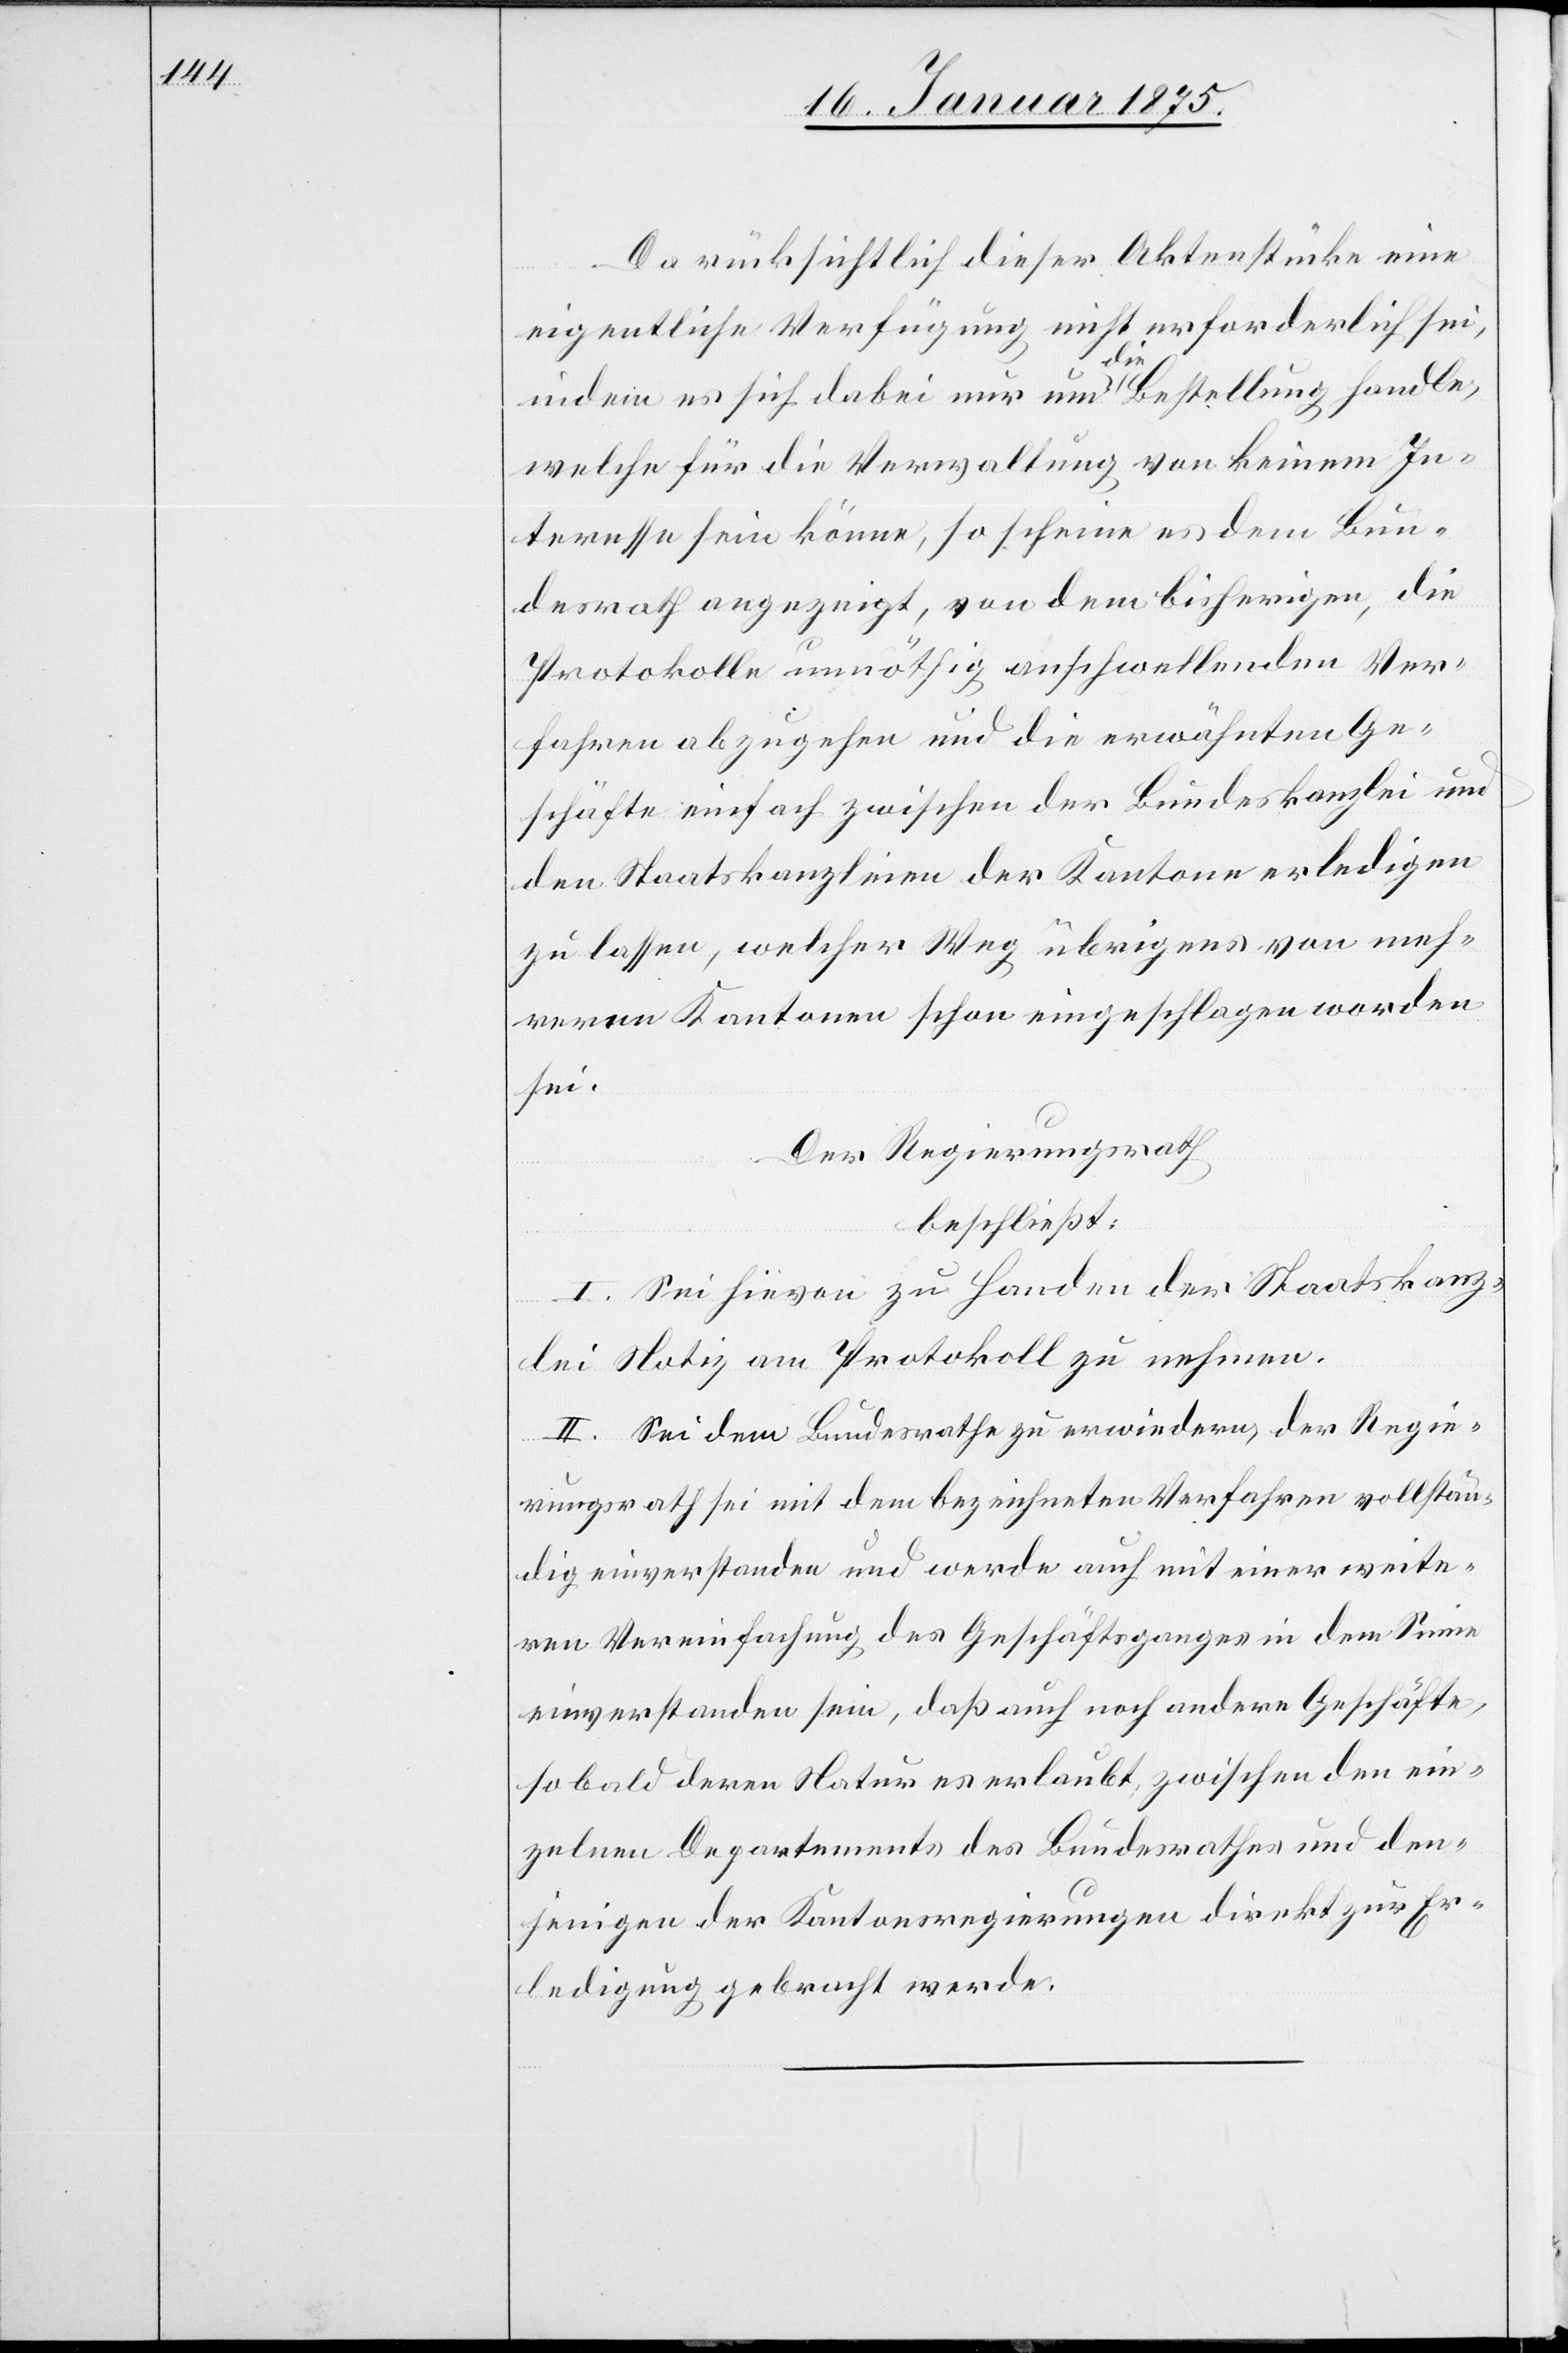
Da rücksichtlich dieser Aktenstücke eine
eigentliche Verfügung nicht erforderlich sei,
indem es sich dabei nur um a-die-a Bestellung handle,
welche für die Verwaltung von keinem In¬
teresse sein könne, so scheine es dem Bun¬
desrath angezeigt, von dem bisherigen, die
Protokolle unnöthig anschwellenden Ver¬
fahren abzugehen und die erwähnten Ge¬
schäfte einfach zwischen der Bundeskanzlei und
den Staatskanzleien der Kantone erledigen
zu lassen, welcher Weg übrigens von meh¬
reren Kantonen schon eingeschlagen worden
sei.
Der Regierungsrath
beschließt:
I. Sei hievon zu Handen der Staatskanz¬
lei Notiz am Protokoll zu nehmen.
II. Sei dem Bundesrathe zu erwiedern, der Regie¬
rungsrath sei mit dem bezeichneten Verfahren vollstän¬
dig einverstanden und werde auch mit einer weite¬
ren Vereinfachung des Geschäftsganges in dem Sinne
einverstanden sein, daß auch noch andere Geschäfte,
so bald deren Natur es erlaubt, zwischen den ein¬
zelnen Departements des Bundesrathes und den¬
jenigen der Kantonsregierungen direkt zu Er¬
ledigung gebracht werde[n].